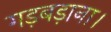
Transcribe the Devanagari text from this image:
गड़बड़ाना।